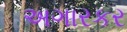
અગારકર